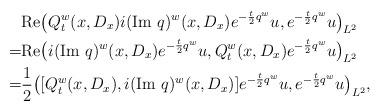
LaTeX: \begin{align*}& \textrm{Re}\big(Q_t^w(x,D_x)i(\textrm{Im }q)^w(x,D_x)e^{-\frac{t}{2}q^w}u,e^{-\frac{t}{2}q^w}u\big)_{L^2}\\ =& \textrm{Re}\big(i(\textrm{Im }q)^w(x,D_x)e^{-\frac{t}{2}q^w}u,Q_t^w(x,D_x)e^{-\frac{t}{2}q^w}u\big)_{L^2}\\ =& \frac{1}{2}\big([Q_t^w(x,D_x),i(\textrm{Im }q)^w(x,D_x)]e^{-\frac{t}{2}q^w}u,e^{-\frac{t}{2}q^w}u\big)_{L^2},\end{align*}